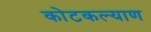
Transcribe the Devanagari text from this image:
कोटकल्याण